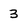
Character: 3